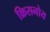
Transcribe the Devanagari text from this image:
क्रिसनोय